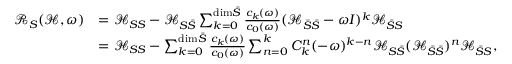
\begin{array} { r l } { \mathcal { R } _ { S } ( \mathcal { H } , \omega ) } & { = \mathcal { H } _ { S S } - \mathcal { H } _ { S \bar { S } } \sum _ { k = 0 } ^ { \mathrm { d i m } \bar { S } } \frac { c _ { k } ( \omega ) } { c _ { 0 } ( \omega ) } ( \mathcal { H } _ { \bar { S } \bar { S } } - \omega I ) ^ { k } \mathcal { H } _ { \bar { S } S } } \\ & { = \mathcal { H } _ { S S } - \sum _ { k = 0 } ^ { \mathrm { d i m } \bar { S } } \frac { c _ { k } ( \omega ) } { c _ { 0 } ( \omega ) } \sum _ { n = 0 } ^ { k } C _ { k } ^ { n } ( - \omega ) ^ { k - n } \mathcal { H } _ { S \bar { S } } ( \mathcal { H } _ { \bar { S } \bar { S } } ) ^ { n } \mathcal { H } _ { \bar { S } S } , } \end{array}